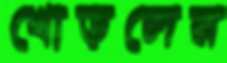
খোড়লের